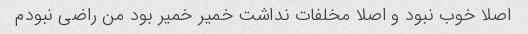
اصلا خوب نبود و اصلا مخلفات نداشت خمیر خمیر بود من راضی نبودم